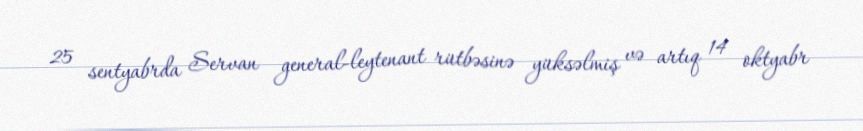
25 sentyabrda Servan general-leytenant rütbəsinə yüksəlmiş və artıq 14 oktyabr